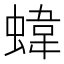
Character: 𧍫